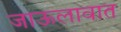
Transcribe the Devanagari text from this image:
जाऊलावात